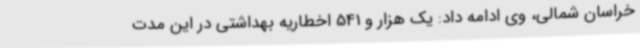
خراسان شمالی، وی ادامه داد: یک هزار و 541 اخطاریه بهداشتی در این مدت